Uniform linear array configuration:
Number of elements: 24
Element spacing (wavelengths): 0.5
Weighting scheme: binomial
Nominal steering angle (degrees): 60
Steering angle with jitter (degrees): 61.719
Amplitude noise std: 0.05
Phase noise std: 0.05

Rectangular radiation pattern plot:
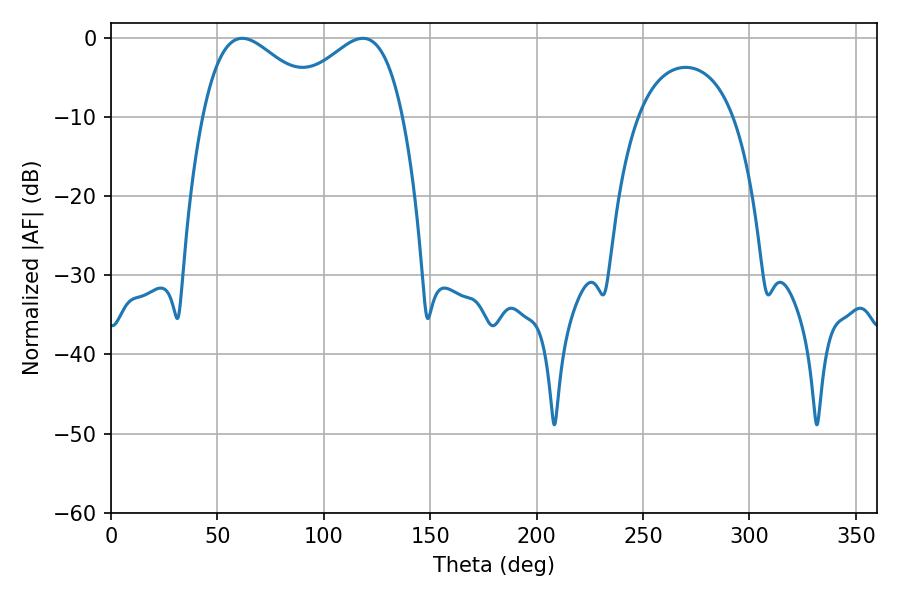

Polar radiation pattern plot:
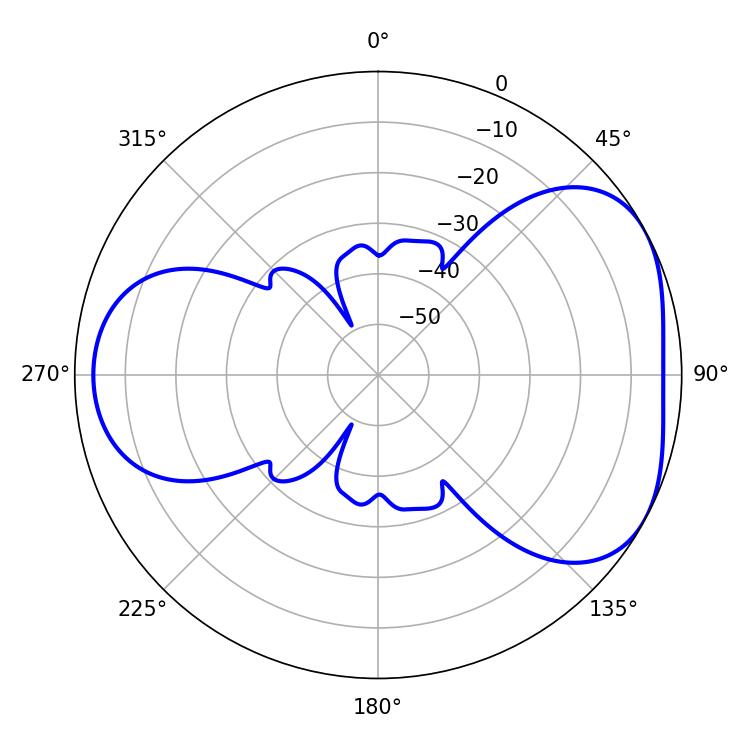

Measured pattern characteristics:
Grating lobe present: FALSE
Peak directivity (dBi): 4.484
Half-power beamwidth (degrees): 30.78
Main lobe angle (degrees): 61.74